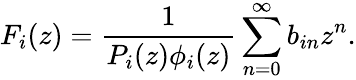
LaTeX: F_{i}(z)={\frac{1}{P_{i}(z)\phi_{i}(z)}}\sum_{n=0}^{\infty}b_{in}z^{n}.